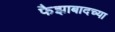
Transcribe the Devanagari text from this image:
फैझाबादच्या